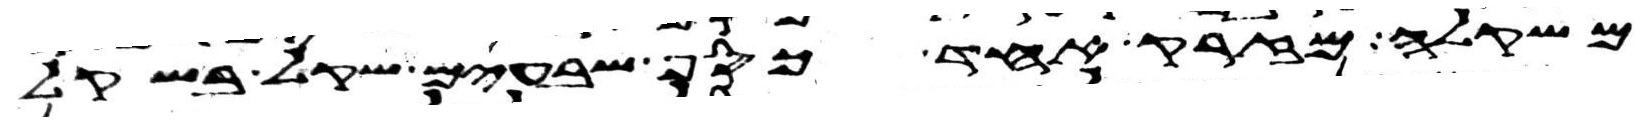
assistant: משקלה מזרק אחד כסף שבעים שקל בשקל